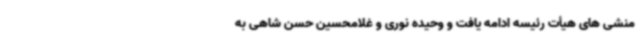
منشی های هیأت رئیسه ادامه یافت و وحیده نوری و غلامحسین حسن شاهی به